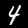
Digit: 4